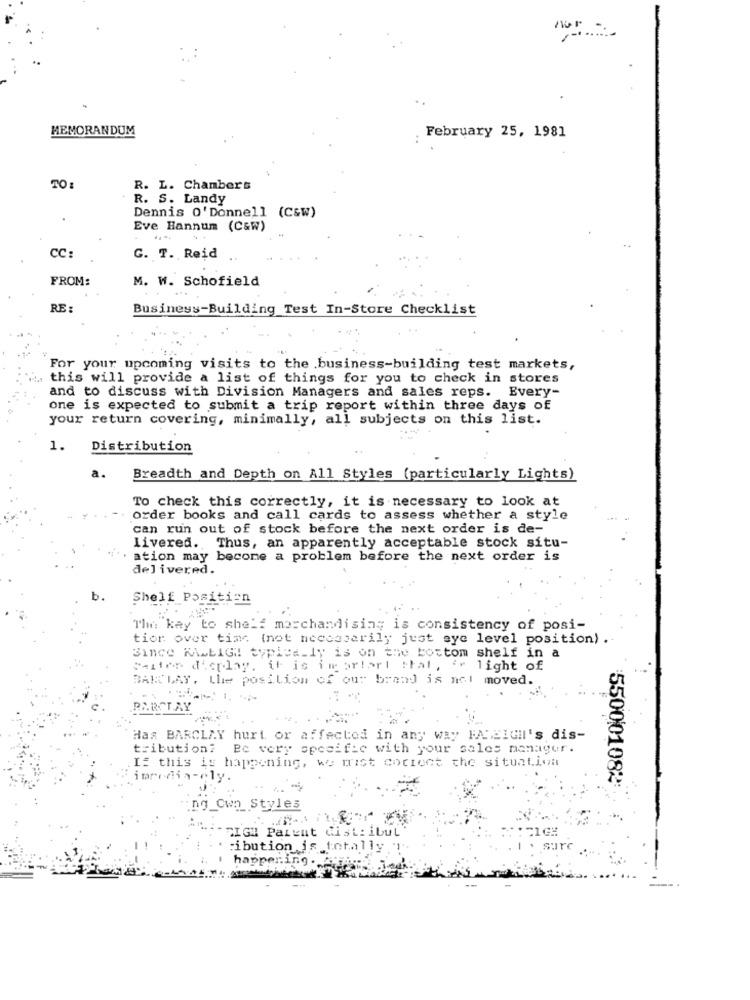
MEMORANDUM
February 25, 1981
TO:
R. L. Chambers
R. S. Landy
Dennis O' Donnell (C&W)
Eve Hannum (C&W)
...
CC
G. T. Reid
FROM:
M. W. Schofield
RE :
Business-Building Test In-Store Checklist
For your upcoming visits to the business-building test markets,
". this will provide a list of things for you to check in stores
and to discuss with Division Managers and sales reps. Every-
one is expected to submit a trip report within three days of
your return covering, minimally, all subjects on this list.
1.
Distribution
a.
Breadth and Depth on All Styles (particularly Lights)
To check this correctly, it is necessary to look at
order books and call cards to assess whether a style
can run out of stock before the next order is de-
livered. Thus, an apparently acceptable stock situ-
ation may become a problem before the next order is
delivered.
b.
Shelf Position
The key to shelf merchandising is consistency of posi-
tior over time (not necessarily just eye level position) .
Since RALEIGH typically is on the bottom shelf in a
Faites dieplay, it is imortert that, '" light of
BARCLAY, Lhe position of our brand is not moved.
Has BARCLAY hurt or affectod in any way MAEIGil's dis-
tribution? Be very specific with your sales manager.
Is this is happening, we must correct the situation
immedia-ely.
550001082:
ng_Cwn_ Styles
SIGH Parent distribut
ibution is totally "!
happening.